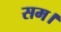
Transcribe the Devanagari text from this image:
सम।